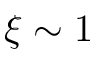
\xi \sim 1